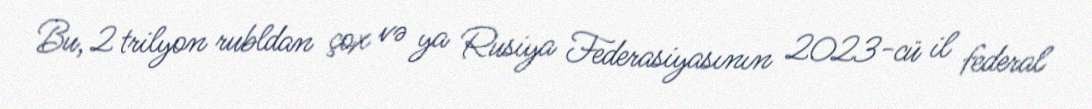
Bu, 2 trilyon rubldan çox və ya Rusiya Federasiyasının 2023-cü il federal